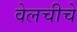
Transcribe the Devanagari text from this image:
वेलचीचे